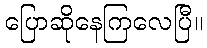
ပြောဆိုနေကြလေပြီ။